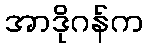
အာဒိုဂန်က